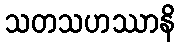
သတသဟဿာနိ